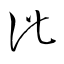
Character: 此